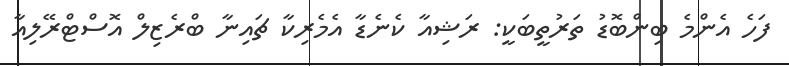
ފަހެ އެންމެ ބިންބޮޑު ތަރުތީބަކީ: ރަޝިއާ ކެނެޑާ އެމެރިކާ ޗައިނާ ބްރެޒިލް އޮސްޓްރޭލިއާ